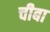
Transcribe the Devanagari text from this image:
चीबा